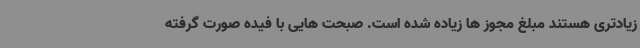
زیادتری هستند مبلغ مجوز ها زیاده شده است. صبحت هایی با فیده صورت گرفته